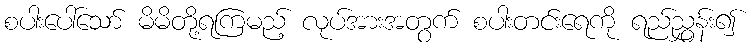
စပါးပေါ်သော် မိမိတို့ရကြမည့် လုပ်အားအတွက် စပါးတင်းရေကို ရည်ညွှန်း၍